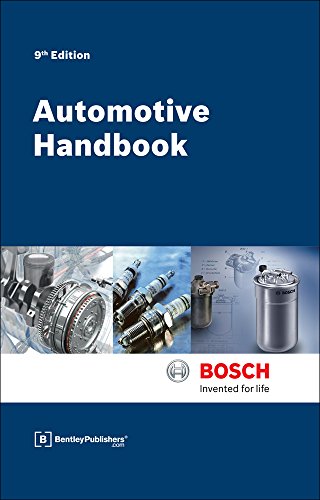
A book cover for Bosch Automotive Handbook - 9th Edition; Robert Bosch GmbH; Engineering & Transportation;